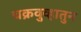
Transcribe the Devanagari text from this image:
चक्रवुव्हातुन